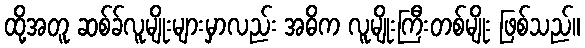
ထို့အတူ ဆစ်ခ်လူမျိုးများမှာလည်း အဓိက လူမျိုးကြီးတစ်မျိုး ဖြစ်သည်။